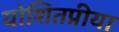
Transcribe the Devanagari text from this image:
योशितप्रीया